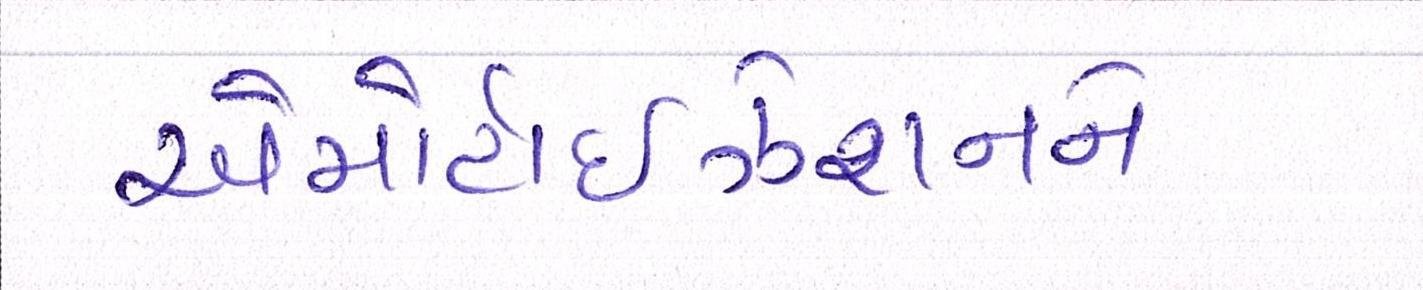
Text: એમોર્ટાઇઝેશનને